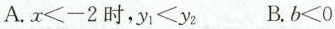
A.$$x<-2$$时，$$y_{1}<y_{2}$$ B.$$b<0$$